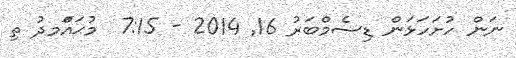
ނަން ހުށަހަޅަން ޑިސެމްބަރު 16